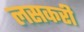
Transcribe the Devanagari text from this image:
लसकरी